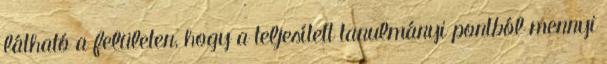
látható a felületen, hogy a teljesített tanulmányi pontból mennyi